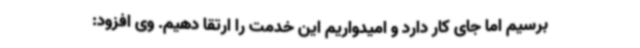
برسیم اما جای کار دارد و امیدواریم این خدمت را ارتقا دهیم. وی افزود: